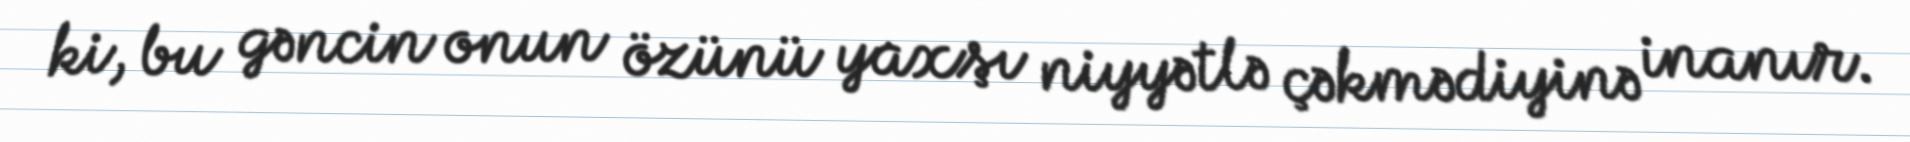
ki, bu gəncin onun özünü yaxşı niyyətlə çəkmədiyinə inanır.